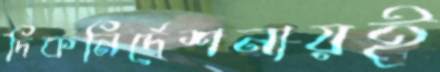
দিকনির্দেশনায়ই